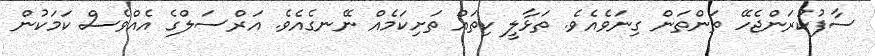
ސާފުކުރަންޖެހޭ ތަންތަން ގިނަވެއެވެ. ތަޅާލީ ކިތައް ތަށިކަމެއް ނޭނގެއެވެ. އަރްސަލްގެ އެއްވެސް ކަމަކުން